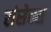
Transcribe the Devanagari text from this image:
संसेक्स